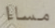
مساءا